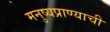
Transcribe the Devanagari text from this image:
मनुष्यप्राण्याची